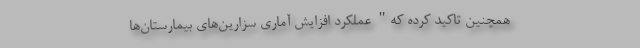
همچنین تاکید کرده که" عملکرد افزایش آماری سزارین‌های بیمارستان‌ها